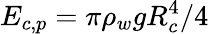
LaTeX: {{E}_{c,p}}=\pi{{\rho}_{w}}gR_{c}^{4}/4